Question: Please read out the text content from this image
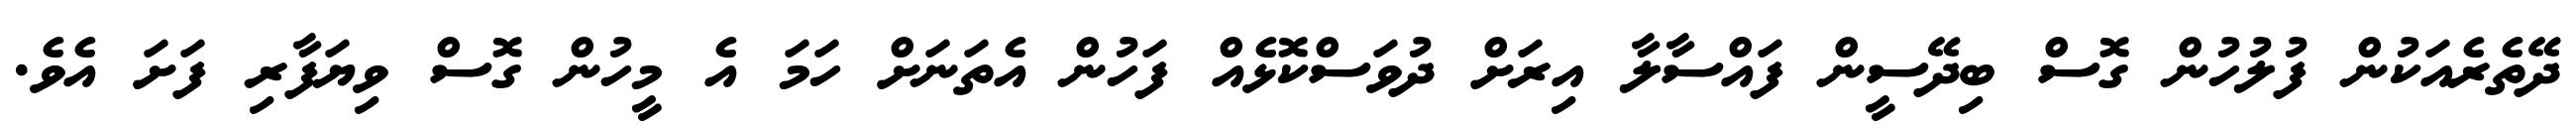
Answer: ދޭތެރެއަކުން ފުލުހުން ގޮސް ބިދޭސީން ފައްސާލާ އިރަށް ދުވަސްކޮޅެއް ފަހުން އެތަނަށް ހަމަ އެ މީހުން ގޮސް ވިޔަފާރި ފަށަ އެވެ.